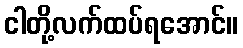
ငါတို့လက်ထပ်ရအောင်။